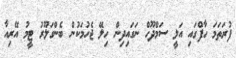
ފުރަތަމަ ހާފްގައި އަލީ ސަމްދޫހް ނަގައިދިން ހިލޭ ޖެހުމަކުން ބެންގަލޫރު ޓީމު އޭރިއާ